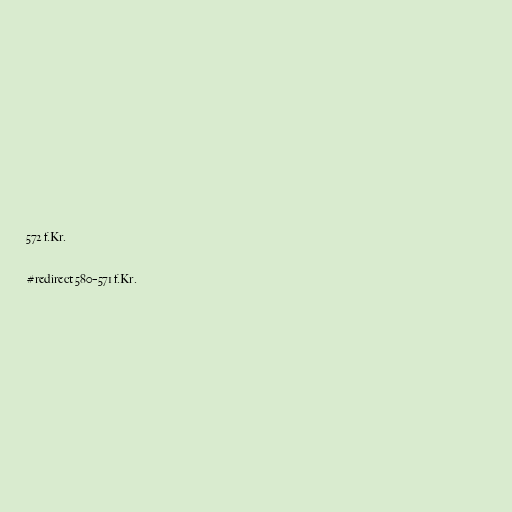
572 f.Kr.

#redirect 580–571 f.Kr.